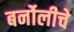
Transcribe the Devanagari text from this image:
बर्नोलीचे